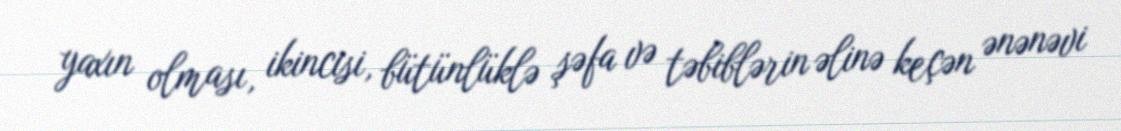
yaxın olması, ikincisi, bütünlüklə şəfa və təbiblərin əlinə keçən ənənəvi